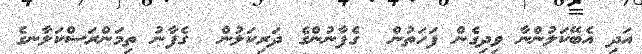
އަދި އެބޭކަލުންނާ ވިދިގެން ފަހަތުން  ގެފާނުންގެ ދަރިކަލުން  ގެފާނު ތިމަންރަސްކަލާނގެ